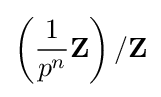
\left({1 \over p^{n}}\mathbf {Z} \right)/\mathbf {Z}